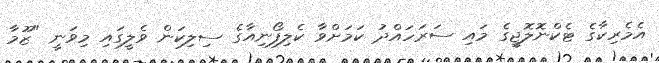
އެމެރިކާގެ ޓެކްނޮލޮޖީގެ މައި ސަރަހައްދު ކަމަށްވާ ކެލިފޯނިއާގެ ސިލިކަން ވެލީގައި މިވަނީ "ޒޫމާ